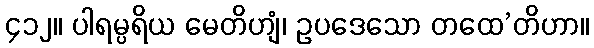
၄၁၂။ ပါရမ္ပရိယ မေတိဟျံ၊ ဥပဒေသော တထေ’တိဟာ။